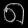
Digit: ၈